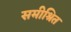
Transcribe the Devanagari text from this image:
समीश्रित